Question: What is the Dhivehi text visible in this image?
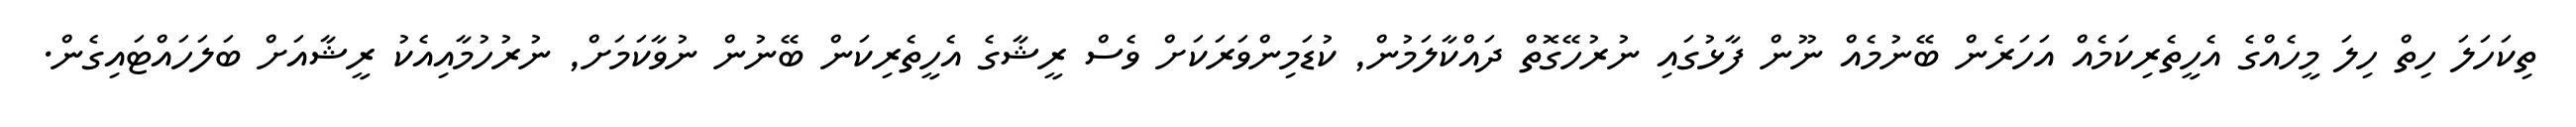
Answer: ތިކަހަލަ ހިތް ހިލަ މީހެއްގެ އެހީތެރިކަމެއް އަހަރެން ބޭނުމެއް ނޫން ފާޅުގައި ނުރުހޭގޮތް ދައްކާލަމުން, ކުޑަމިންވަރަކަށް ވެސް ރީޝާގެ އެހީތެރިކަން ބޭނުން ނުވާކަމަށް, ނުރުހުމާއިއެކު ރީޝާއަށް ބަލަހައްޓައިގެން.